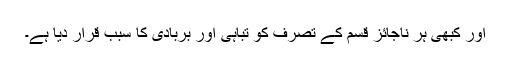
اور کبھى ہر ناجائز قسم کے تصرّف کو تباہى اور بربادى کا سبب قرار ديا ہے۔